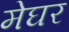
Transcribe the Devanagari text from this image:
मेघर